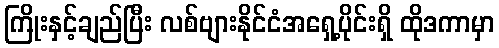
ကြိုးနှင့်ချည်ပြီး လစ်ဗျားနိုင်ငံအရှေ့ပိုင်းရှိ ထိုဒကာမှာ